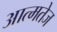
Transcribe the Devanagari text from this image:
आत्मतेज